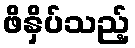
ဖိနှိပ်သည့်